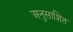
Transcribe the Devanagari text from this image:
अनुसाशित